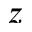
z